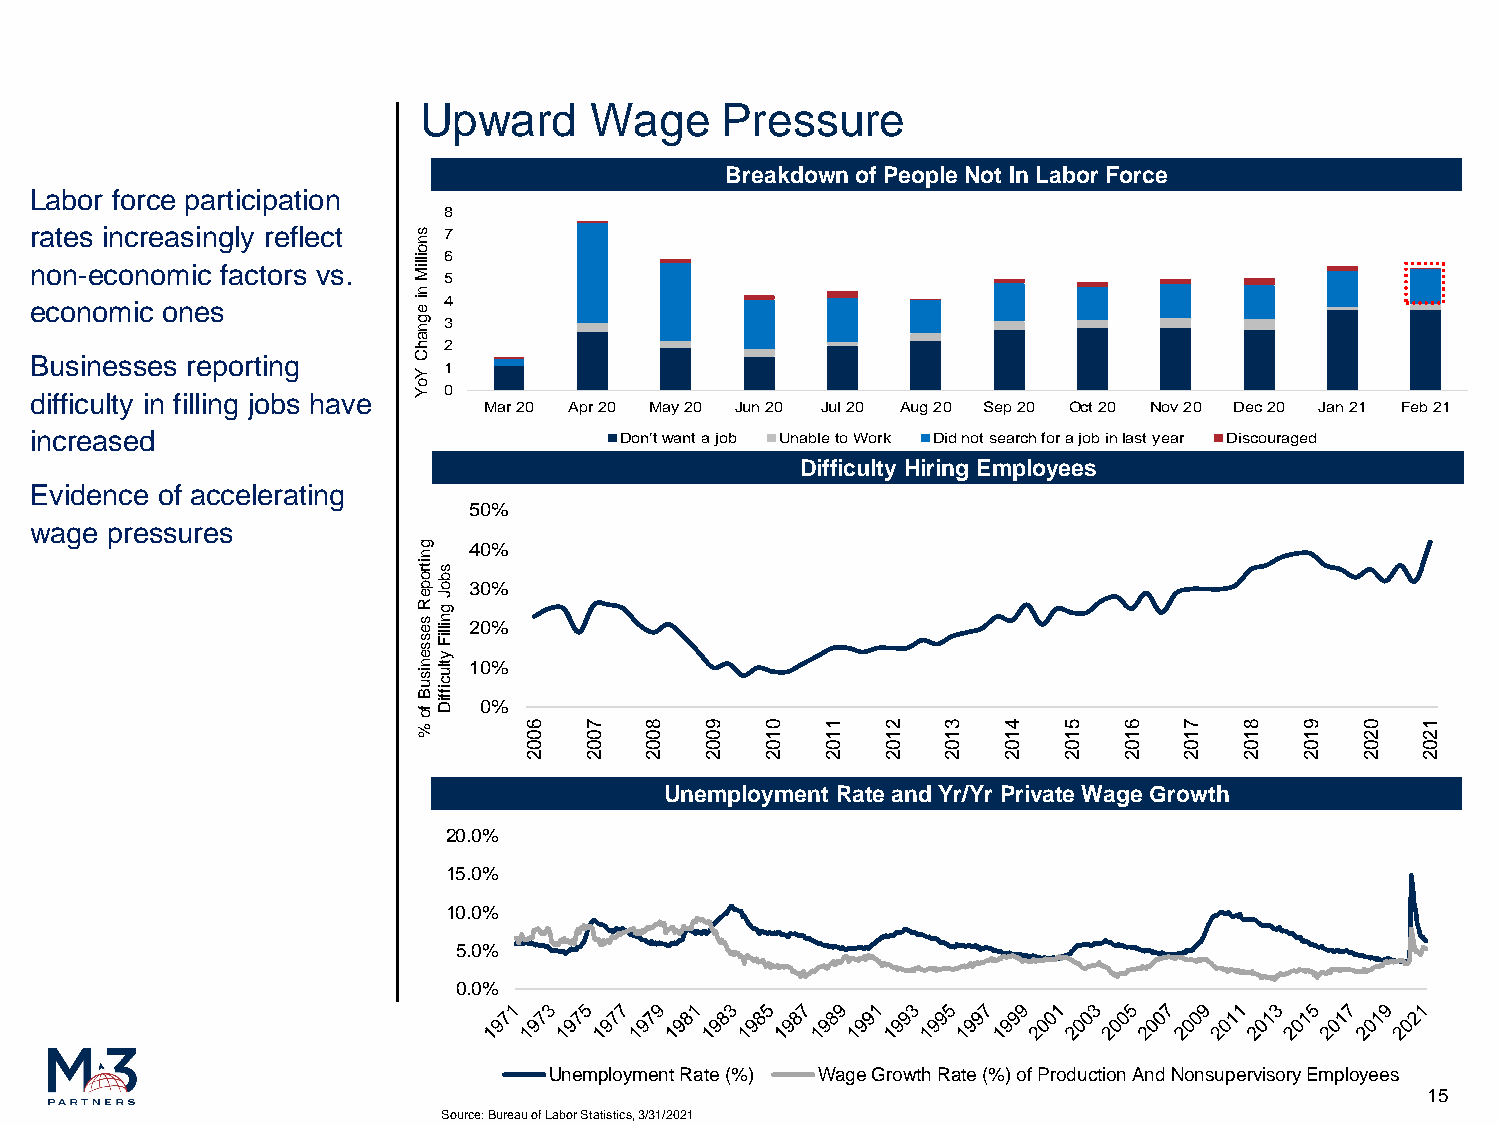
Upward     Wage     Pressure
 Breakdown of People Not In Labor Force
 Labor force participation
 8
 rates increasingly reflect s 7
 n
 non-economic factors vs.
 o illiM 56
 n
 economic ones            i e 4
 g n 3
 a
 h 2
 Businesses reporting     C
 Y
 1
 difficulty in filling jobs have o Y 0
 Mar 20 Apr 20 May 20 Jun 20 Jul 20 Aug 20 Sep 20 Oct 20 Nov 20 Dec 20 Jan 21 Feb 21
 increased                              Don’t want a job Unable to Work Did not search for a job in last year Discouraged
 Difficulty Hiring Employees
 Evidence of accelerating
 wage pressures
 g
 n
 itros
 b
 po
 eJ
 R g
 s e
 s
 s
 en illiF
 y
 n
 is
 u B
 fotlu
 c iffiD
 %      6 0 7 0 8 0 9 0 0 1 1 1 2 1 3 1 4 1 5 1 6 1 7 1 8 1 9 1 0 2 1 2
 0   0   0   0   0   0   0  0   0   0   0   0   0   0   0   0
 2   2   2   2   2   2   2  2   2   2   2   2   2   2   2   2
 Unemployment Rate and Yr/Yr Private Wage Growth
 20.0%
 15.0%
 10.0%
 5.0%
 0.0%
 Unemployment Rate (%) Wage Growth Rate (%) of Production And Nonsupervisory Employees
 15
 Source: Bureau of Labor Statistics, 3/31/2021
 5
 4
 3
 2
 1
 0
 0
 0
 0
 0
 0
 %
 %
 %
 %
 %
 %